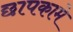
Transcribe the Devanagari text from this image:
छापकामे